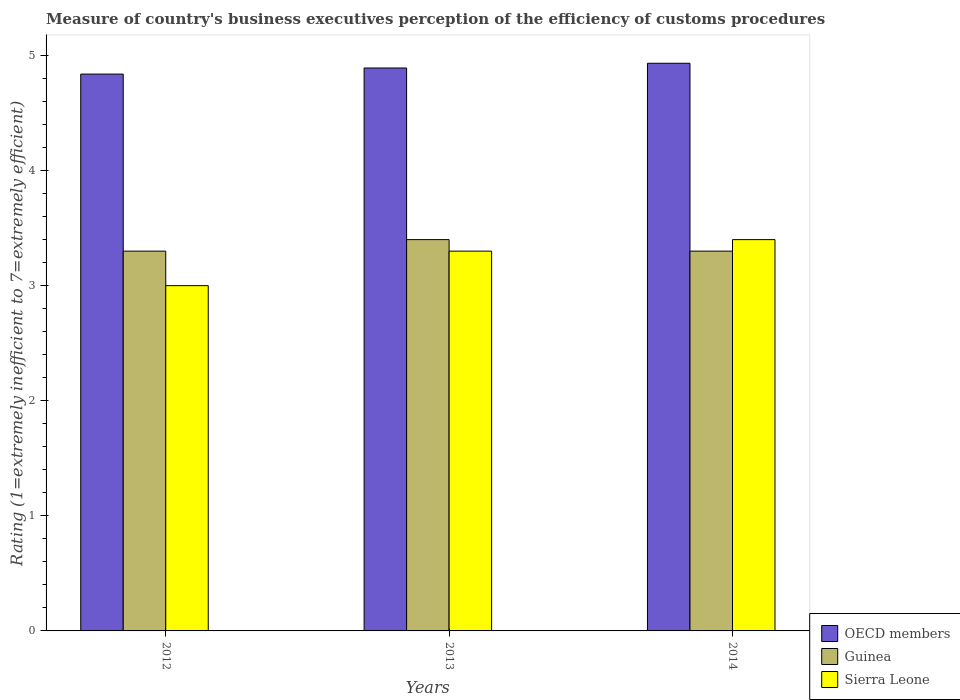
| Years | OECD members | Guinea | Sierra Leone |
 | --- | --- | --- | --- |
 | 2012 | 4.84 | 3.3 | 3 |
 | 2013 | 4.89 | 3.4 | 3.3 |
 | 2014 | 4.93 | 3.3 | 3.4 |